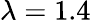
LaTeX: \lambda=1.4